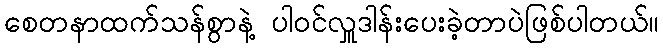
စေတနာထက်သန်စွာနဲ့ ပါဝင်လှူဒါန်းပေးခဲ့တာပဲဖြစ်ပါတယ်။